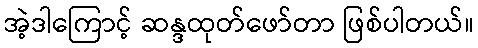
အဲ့ဒါကြောင့် ဆန္ဒထုတ်ဖော်တာ ဖြစ်ပါတယ်။